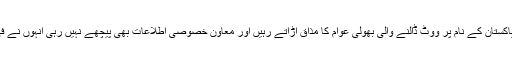
اوپر سے موصوف وزیر خزانہ ٹماٹر پندرہ روپے کا نعرہ لگا کر نئے پاکستان کے نام پر ووٹ ڈالنے والی بھولی عوام کا مذاق اڑاتے رہیں اور معاون خصوصی اطلاعات بھی پیچھے نہیں رہی انہوں نے فی کلو آٹا پانچ روپے قیمت بتا کر ملک کے غریبوں کا خوب مذاق اڑا یا۔